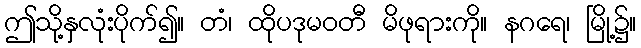
ဤသို့နှလုံးပိုက်၍။ တံ၊ ထိုပဒုမဝတီ မိဖုရားကို။ နဂရေ၊ မြို့၌။